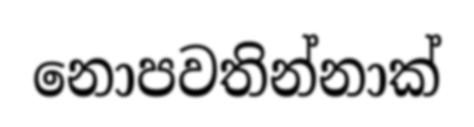
නොපවතින්නාක්